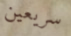
سريعين